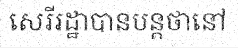
សេរីរដ្ឋាបានបន្តថានៅ